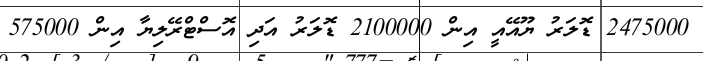
2475000 ޑޮލަރު ޔޫއޭއީ އިން 2100000 ޑޮލަރު އަދި އޮސްޓްރޭލިޔާ އިން 575000